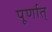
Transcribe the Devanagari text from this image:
पूर्णात्